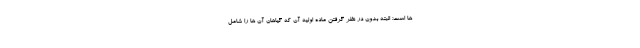
ها است؛ البته بدون در نظر گرفتن ماده اولیه آن که گیاهان آن ها را شامل